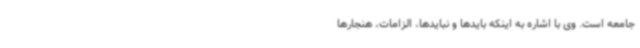
جامعه است. وی با اشاره به اینکه بایدها و نبایدها، الزامات، هنجارها